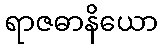
ရာဇဓာနိယော